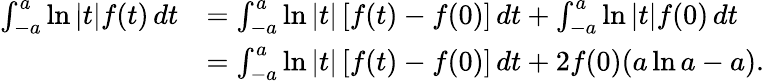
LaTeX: \begin{array}{rl}{\int_{-a}^{a}\ln{|t|}f(t)\, dt}&{=\int_{-a}^{a}\ln{|t|}\left[f(t)-f(0)\right]\, dt+\int_{-a}^{a}\ln{|t|}f(0)\, dt}\\ &{=\int_{-a}^{a}\ln{|t|}\left[f(t)-f(0)\right]\, dt+2f(0)(a\ln{a}-a).}\end{array}